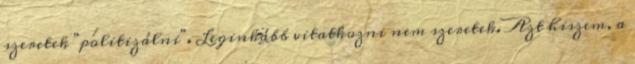
szeretek "politizálni". Leginkább vitatkozni nem szeretek. Azt hiszem, a